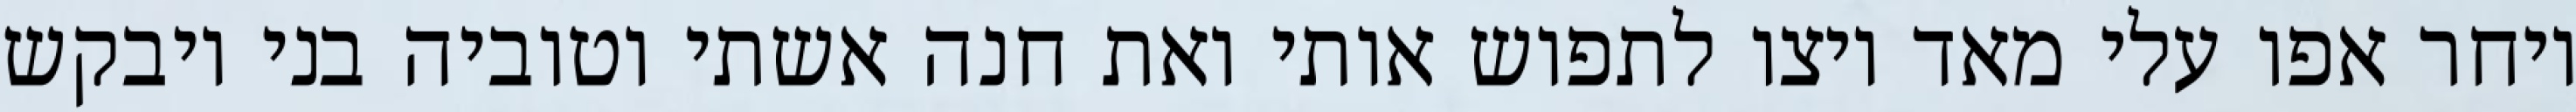
ויחר אפו עלי מאד ויצו לתפוש אותי ואת חנה אשתי וטוביה בני ויבקש